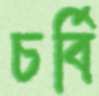
চর্বি